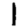
Digit: 1